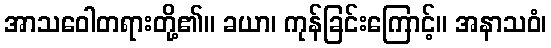
အာသဝေါတရားတို့၏။ ခယာ၊ ကုန်ခြင်းကြောင့်။ အနာသဝံ၊